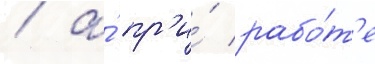
/ а́ пр'и́ рабо́т'е